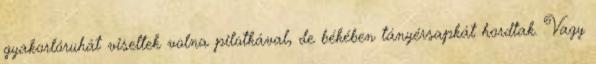
gyakorlóruhát viseltek volna pilotkával, de békében tányérsapkát hordtak. Vagy